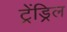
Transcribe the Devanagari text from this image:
ट्रेंड्रिल